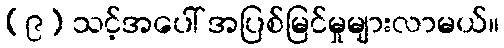
(၉) သင့်အပေါ် အပြစ်မြင်မှုများလာမယ်။